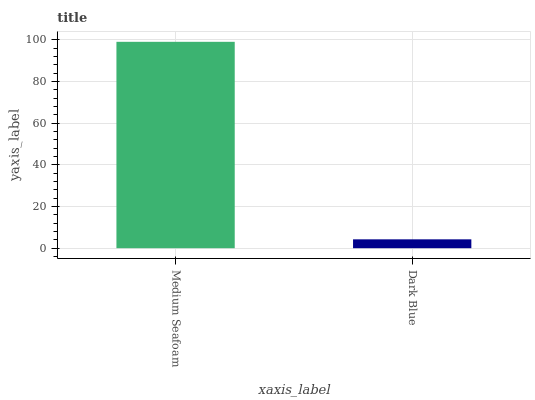
| xaxis_label | bars |
 | --- | --- |
 | Medium Seafoam | 99 |
 | Dark Blue | 4.25 |